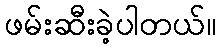
ဖမ်းဆီးခဲ့ပါတယ်။